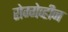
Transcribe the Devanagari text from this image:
रोग्गेव्हीन